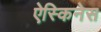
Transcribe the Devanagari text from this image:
ऐस्किनेस